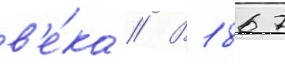
в'е́ка // В 1867